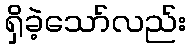
ရှိခဲ့သော်လည်း